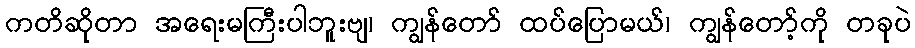
ကတိဆိုတာ အရေးမကြီးပါဘူးဗျ၊ ကျွန်တော် ထပ်ပြောမယ်၊ ကျွန်တော့်ကို တခုပဲ